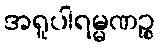
အရူပါရမ္မဏဉ္စ